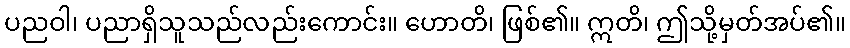
ပညဝါ၊ ပညာရှိသူသည်လည်းကောင်း။ ဟောတိ၊ ဖြစ်၏။ ဣတိ၊ ဤသို့မှတ်အပ်၏။